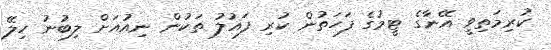
ކުރިމަތިވީ އޭނާގެ ޓީމުގެ ފަހަތުން ކުރި ފައުލު ތަކުން ނިއުއަށް ލިބުނު ހިލޭ